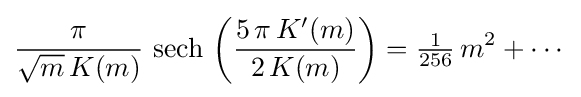
{\frac {\pi }{{\sqrt {m}}\,K(m)}}\,\operatorname {sech} \,\left({\frac {5\,\pi \,K'(m)}{2\,K(m)}}\right)={\tfrac {1}{256}}\,m^{2}+\cdots